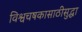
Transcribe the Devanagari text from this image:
विश्वचषकासाठीसुद्धा